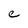
Character: e